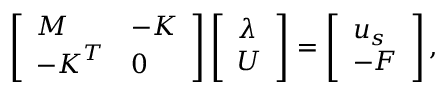
\begin{array} { r } { \left[ \begin{array} { l l } { \boldsymbol { M } } & { - \boldsymbol { K } } \\ { - \boldsymbol { K } ^ { T } } & { \boldsymbol { 0 } } \end{array} \right] \left[ \begin{array} { l } { \boldsymbol { \lambda } } \\ { \boldsymbol { U } } \end{array} \right] = \left[ \begin{array} { l } { \boldsymbol { u } _ { s } } \\ { - \boldsymbol { F } } \end{array} \right] , } \end{array}